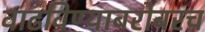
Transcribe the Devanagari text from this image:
वाढविण्याबरोबरच